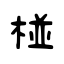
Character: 椪